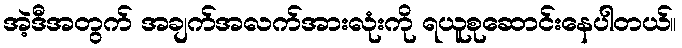
အဲ့ဒီအတွက် အချက်အလက်အားလုံးကို ရယူစုဆောင်းနေပါတယ်။